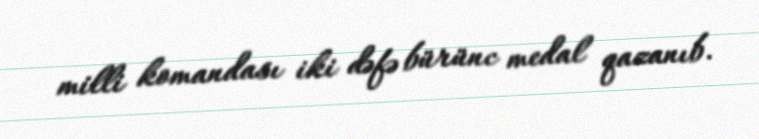
milli komandası iki dəfə bürünc medal qazanıb.